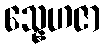
သ္နေဟဇာ